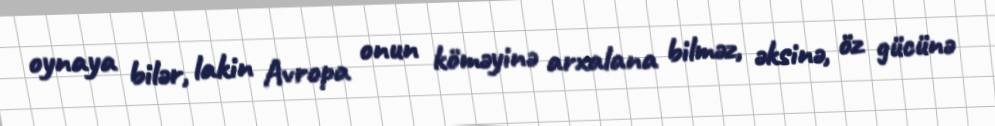
oynaya bilər, lakin Avropa onun köməyinə arxalana bilməz, əksinə, öz gücünə